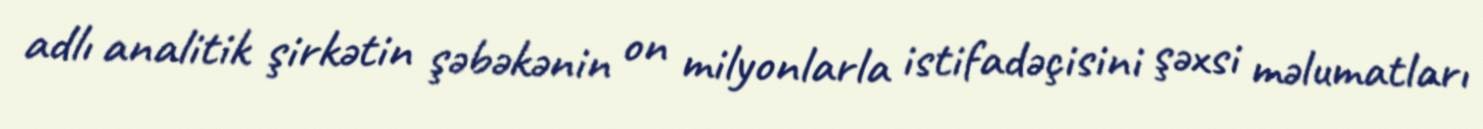
adlı analitik şirkətin şəbəkənin on milyonlarla istifadəçisini şəxsi məlumatları